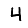
Digit: 4